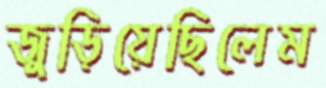
জুড়িয়েছিলেম